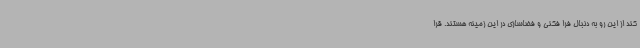
کند از این رو به دنبال فرا فکنی و فضاسازی در این زمینه هستند. قرا